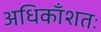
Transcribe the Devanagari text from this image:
अधिकाँशतः